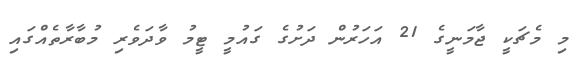
މި މެޗަކީ ޖާމަނީގެ 21 އަހަރުން ދަށުގެ ގައުމީ ޓީމު ވާދަވެރި މުބާރާތެއްގައި